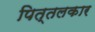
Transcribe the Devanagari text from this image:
पित्तलकार